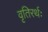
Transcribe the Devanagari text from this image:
वृतिरर्थः